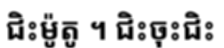
ជិះម៉ូតូ ។ ជិះចុះជិះ